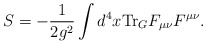
\begin{align*} S = -\frac{1}{2g^2} \int d^4 x {\rm Tr}_{G}F_{\mu\nu}F^{\mu\nu}.\end{align*}